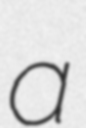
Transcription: a